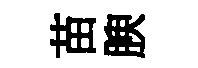
苗腴